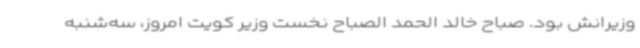
وزیرانش بود. صباح خالد الحمد الصباح نخست وزیر کویت امروز، سه‌شنبه